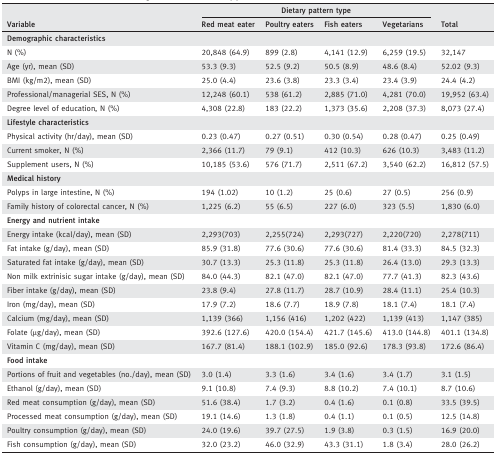
<table><thead><tr><td></td><td colspan="4"><b>Dietary pattern type</b></td><td></td></tr><tr><td><b>Variable</b></td><td><b>Red meat eater</b></td><td><b>Poultry eaters</b></td><td><b>Fish eaters</b></td><td><b>Vegetarians</b></td><td><b>Total</b></td></tr></thead><tbody><tr><td colspan="6">Demographic characteristics</td></tr><tr><td>N (%)</td><td>20,848 (64.9)</td><td>899 (2.8)</td><td>4,141 (12.9)</td><td>6,259 (19.5)</td><td>32,147</td></tr><tr><td>Age (yr), mean (SD)</td><td>53.3 (9.3)</td><td>52.5 (9.2)</td><td>50.5 (8.9)</td><td>48.6 (8.4)</td><td>52.02 (9.3)</td></tr><tr><td>BMI (kg/m2), mean (SD)</td><td>25.0 (4.4)</td><td>23.6 (3.8)</td><td>23.3 (3.4)</td><td>23.4 (3.9)</td><td>24.4 (4.2)</td></tr><tr><td>Professional/managerial SES, N (%)</td><td>12,248 (60.1)</td><td>538 (61.2)</td><td>2,885 (71.0)</td><td>4,281 (70.0)</td><td>19,952 (63.4)</td></tr><tr><td>Degree level of education, N (%)</td><td>4,308 (22.8)</td><td>183 (22.2)</td><td>1,373 (35.6)</td><td>2,208 (37.3)</td><td>8,073 (27.4)</td></tr><tr><td colspan="6">Lifestyle characteristics</td></tr><tr><td>Physical activity (hr/day), mean (SD)</td><td>0.23 (0.47)</td><td>0.27 (0.51)</td><td>0.30 (0.54)</td><td>0.28 (0.47)</td><td>0.25 (0.49)</td></tr><tr><td>Current smoker, N (%)</td><td>2,366 (11.7)</td><td>79 (9.1)</td><td>412 (10.3)</td><td>626 (10.3)</td><td>3,483 (11.2)</td></tr><tr><td>Supplement users, N (%)</td><td>10,185 (53.6)</td><td>576 (71.7)</td><td>2,511 (67.2)</td><td>3,540 (62.2)</td><td>16,812 (57.5)</td></tr><tr><td colspan="6">Medical history</td></tr><tr><td>Polyps in large intestine, N (%)</td><td>194 (1.02)</td><td>10 (1.2)</td><td>25 (0.6)</td><td>27 (0.5)</td><td>256 (0.9)</td></tr><tr><td>Family history of colorectal cancer, N (%)</td><td>1,225 (6.2)</td><td>55 (6.5)</td><td>227 (6.0)</td><td>323 (5.5)</td><td>1,830 (6.0)</td></tr><tr><td colspan="6">Energy and nutrient intake</td></tr><tr><td>Energy intake (kcal/day), mean (SD)</td><td>2,293(703)</td><td>2,255(724)</td><td>2,293(727)</td><td>2,220(720)</td><td>2,278(711)</td></tr><tr><td>Fat intake (g/day), mean (SD)</td><td>85.9 (31.8)</td><td>77.6 (30.6)</td><td>77.6 (30.6)</td><td>81.4 (33.3)</td><td>84.5 (32.3)</td></tr><tr><td>Saturated fat intake (g/day), mean (SD)</td><td>30.7 (13.3)</td><td>25.3 (11.8)</td><td>25.3 (11.8)</td><td>26.4 (13.0)</td><td>29.3 (13.3)</td></tr><tr><td>Non milk extrinisic sugar intake (g/day), mean (SD)</td><td>84.0 (44.3)</td><td>82.1 (47.0)</td><td>82.1 (47.0)</td><td>77.7 (41.3)</td><td>82.3 (43.6)</td></tr><tr><td>Fiber intake (g/day), mean (SD)</td><td>23.8 (9.4)</td><td>27.8 (11.7)</td><td>28.7 (10.9)</td><td>28.4 (11.1)</td><td>25.4 (10.3)</td></tr><tr><td>Iron (mg/day), mean (SD)</td><td>17.9 (7.2)</td><td>18.6 (7.7)</td><td>18.9 (7.8)</td><td>18.1 (7.4)</td><td>18.1 (7.4)</td></tr><tr><td>Calcium (mg/day), mean (SD)</td><td>1,139 (366)</td><td>1,156 (416)</td><td>1,202 (422)</td><td>1,139 (413)</td><td>1,147 (385)</td></tr><tr><td>Folate (μg/day), mean (SD)</td><td>392.6 (127.6)</td><td>420.0 (154.4)</td><td>421.7 (145.6)</td><td>413.0 (144.8)</td><td>401.1 (134.8)</td></tr><tr><td>Vitamin C (mg/day), mean (SD)</td><td>167.7 (81.4)</td><td>188.1 (102.9)</td><td>185.0 (92.6)</td><td>178.3 (93.8)</td><td>172.6 (86.4)</td></tr><tr><td colspan="6">Food intake</td></tr><tr><td>Portions of fruit and vegetables (no./day), mean (SD)</td><td>3.0 (1.4)</td><td>3.3 (1.6)</td><td>3.4 (1.6)</td><td>3.4 (1.7)</td><td>3.1 (1.5)</td></tr><tr><td>Ethanol (g/day), mean (SD)</td><td>9.1 (10.8)</td><td>7.4 (9.3)</td><td>8.8 (10.2)</td><td>7.4 (10.1)</td><td>8.7 (10.6)</td></tr><tr><td>Red meat consumption (g/day), mean (SD)</td><td>51.6 (38.4)</td><td>1.7 (3.2)</td><td>0.4 (1.6)</td><td>0.1 (0.8)</td><td>33.5 (39.5)</td></tr><tr><td>Processed meat consumption (g/day), mean (SD)</td><td>19.1 (14.6)</td><td>1.3 (1.8)</td><td>0.4 (1.1)</td><td>0.1 (0.5)</td><td>12.5 (14.8)</td></tr><tr><td>Poultry consumption (g/day), mean (SD)</td><td>24.0 (19.6)</td><td>39.7 (27.5)</td><td>1.9 (3.8)</td><td>0.3 (1.5)</td><td>16.9 (20.0)</td></tr><tr><td>Fish consumption (g/day), mean (SD)</td><td>32.0 (23.2)</td><td>46.0 (32.9)</td><td>43.3 (31.1)</td><td>1.8 (3.4)</td><td>28.0 (26.2)</td></tr></tbody></table>